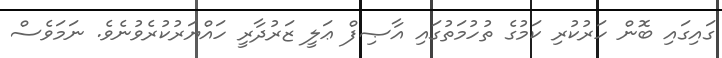
ގައިގައި ބޮން ހަރުކުރި ކަމުގެ ތުހުމަތުގައި އާޞިފް ޢަލީ ޒަރުދާރީ ހައްޔަރުކުރެވުނެވެ. ނަމަވެސް